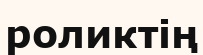
роликтің